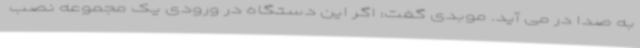
به صدا در می آید. موبدی گفت: اگر این دستگاه در ورودی یک مجموعه نصب